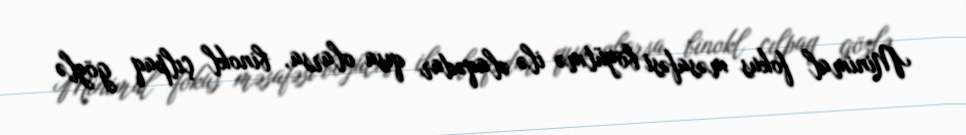
Minimal fokus məsafəsi böyütmə ilə əlaqədar qısa olarsa, binokl çılpaq gözlə